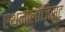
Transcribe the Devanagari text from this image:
एथनोलाजिस्ट